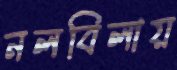
নলবিলায়